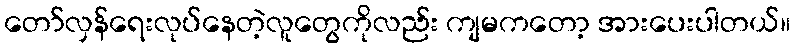
တော်လှန်ရေးလုပ်နေတဲ့လူတွေကိုလည်း ကျမကတော့ အားပေးပါတယ်။